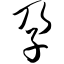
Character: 孕